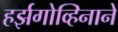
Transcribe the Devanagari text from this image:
हर्झगोव्हिनाने